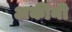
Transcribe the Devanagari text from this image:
अकीनी